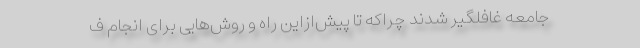
جامعه غافلگیر شدند چراکه تا پیش‌ازاین راه و روش‌هایی برای انجام ف